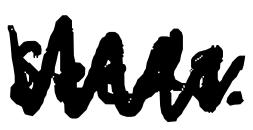
Text: seeds.
Cross-out: zig-zag
Writing tool: digital_black